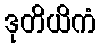
ဒုတိယိကံ